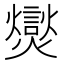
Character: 爕